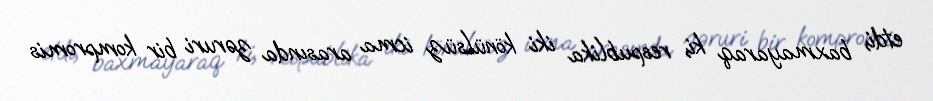
etdi, baxmayaraq ki, respublika iki könülsüz icma arasında zəruri bir kompromis